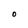
Character: O